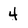
Character: 4